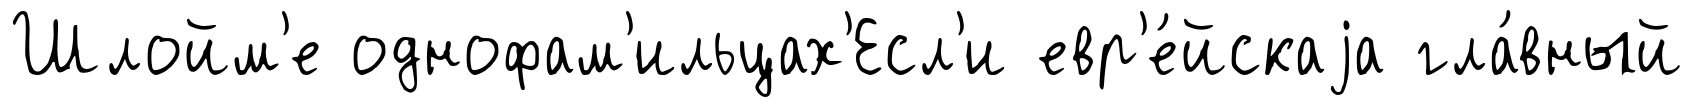
Шлойм'е однофам'ильцах'Есл'и евр'е́йскаjа гла́вный